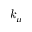
k _ { \mu }